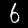
Digit: 6